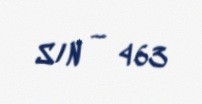
S/N — 463